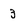
Character: 3